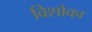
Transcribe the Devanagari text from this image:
विशोका